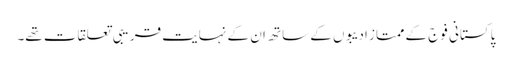
پاکستانی فوج کے ممتاز ادیبوں کے ساتھ ان کے نہایت قریبی تعلقات تھے۔